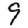
Digit: 9